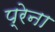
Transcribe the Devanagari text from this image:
प्रेना